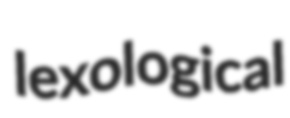
lexological